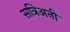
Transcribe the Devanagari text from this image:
सत्रिअनी